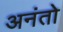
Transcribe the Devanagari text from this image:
अनंतो